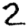
Digit: 2